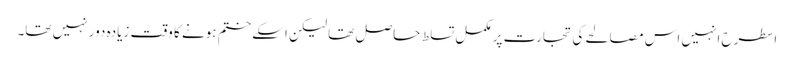
اسطرح انہیں اس مصالحے کی تجارت پر مکمل تسلط حاصل تھا لیکن اسکے ختم ہونے کا وقت زیادہ دور نہیں تھا۔